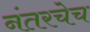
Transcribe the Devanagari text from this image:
नंतरचेच